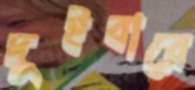
দুইবারে